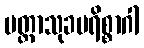
မတ္တာသုခပရိစ္စာဂါ